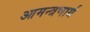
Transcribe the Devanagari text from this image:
आमन्त्रणार्थ